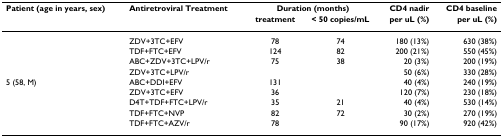
<table><thead><tr><td><b>Patient (age in years, sex)</b></td><td><b>Antiretroviral Treatment</b></td><td colspan="2"><b>Duration (months)</b></td><td><b>CD4 nadir</b></td><td><b>CD4 baseline</b></td></tr><tr><td>[EMPTY_CELL]</td><td>[EMPTY_CELL]</td><td><b>treatment</b></td><td><b>&lt; 50 copies/mL</b></td><td><b>per uL (%)</b></td><td><b>per uL (%)</b></td></tr></thead><tbody><tr><td>[EMPTY_CELL]</td><td>ZDV+3TC+EFV</td><td>78</td><td>74</td><td>180 (13%)</td><td>630 (38%)</td></tr><tr><td>[EMPTY_CELL]</td><td>TDF+FTC+EFV</td><td>124</td><td>82</td><td>200 (21%)</td><td>550 (45%)</td></tr><tr><td>[EMPTY_CELL]</td><td>ABC+ZDV+3TC+LPV/r</td><td>75</td><td>38</td><td>20 (3%)</td><td>200 (19%)</td></tr><tr><td>[EMPTY_CELL]</td><td>ZDV+3TC+LPV/r</td><td>[EMPTY_CELL]</td><td>[EMPTY_CELL]</td><td>50 (6%)</td><td>330 (28%)</td></tr><tr><td>5 (58, M)</td><td>ABC+DDI+EFV</td><td>131</td><td>[EMPTY_CELL]</td><td>40 (4%)</td><td>240 (19%)</td></tr><tr><td>[EMPTY_CELL]</td><td>ZDV+3TC+EFV</td><td>36</td><td>[EMPTY_CELL]</td><td>120 (7%)</td><td>230 (18%)</td></tr><tr><td>[EMPTY_CELL]</td><td>D4T+TDF+FTC+LPV/r</td><td>35</td><td>21</td><td>40 (4%)</td><td>530 (14%)</td></tr><tr><td>[EMPTY_CELL]</td><td>TDF+FTC+NVP</td><td>82</td><td>72</td><td>30 (2%)</td><td>270 (19%)</td></tr><tr><td>[EMPTY_CELL]</td><td>TDF+FTC+AZV/r</td><td>78</td><td>[EMPTY_CELL]</td><td>90 (17%)</td><td>920 (42%)</td></tr></tbody></table>